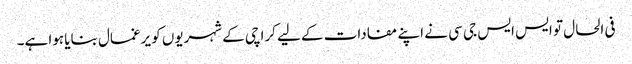
فی الحال تو ایس ایس جی سی نے اپنے مفادات کے لیے کراچی کے شہریوں کو یرغمال بنایا ہوا ہے۔